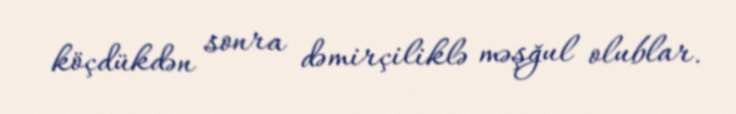
köçdükdən sonra dəmirçiliklə məşğul olublar.